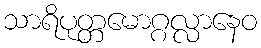
သာရိပုတ္တမောဂ္ဂလ္လာနေဝ